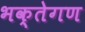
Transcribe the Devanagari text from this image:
भक्तेगण